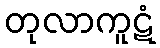
တုလာကူဋံ